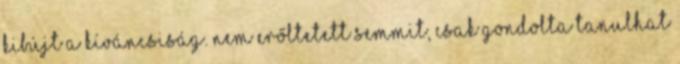
kibújt a kíváncsiság. Nem erőltetett semmit, csak gondolta tanulhat